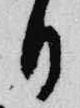
日